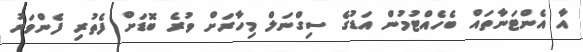
އާ އެންޓަނާތައް ބެހެއްޓުމުން އަޑުގެ ސިގްނަލް މިހާރަށް ވުރެ ބޮޑަށް ފެތުރި ފެންވަރު